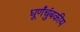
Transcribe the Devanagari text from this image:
घूर्णंचुंबकीय